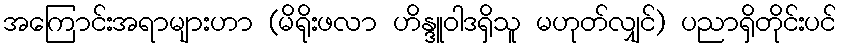
အကြောင်းအရာများဟာ (မိရိုးဖလာ ဟိန္ဒူဝါဒရှိသူ မဟုတ်လျှင်) ပညာရှိတိုင်းပင်